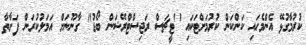
ކުރުމާގުޅޭ އެންމެހައި ކަންކަން ކުރުމަށްޓަކައި "ޓީޗަސް ރަޖިސްޓްރޭޝަން ބޯޑު" ގާނޫނަށް އަމަލުކުރަން ފަށާތާ